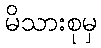
မိသားစုမှ